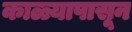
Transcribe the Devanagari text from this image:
काळ्यापासून